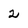
Character: 2